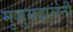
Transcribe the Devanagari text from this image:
मुजुमदारांनी